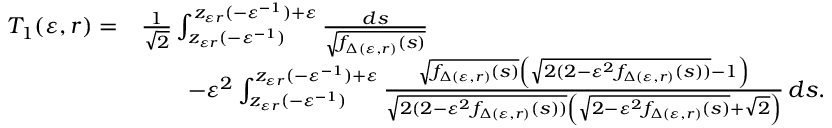
\begin{array} { r l } { T _ { 1 } ( \varepsilon , r ) = } & { \frac { 1 } { \sqrt 2 } \int _ { z _ { \varepsilon r } ( - \varepsilon ^ { - 1 } ) } ^ { z _ { \varepsilon r } ( - \varepsilon ^ { - 1 } ) + \varepsilon } \frac { d s } { \sqrt { f _ { \Delta ( \varepsilon , r ) } ( s ) } } } \\ & { \qquad - \varepsilon ^ { 2 } \int _ { z _ { \varepsilon r } ( - \varepsilon ^ { - 1 } ) } ^ { z _ { \varepsilon r } ( - \varepsilon ^ { - 1 } ) + \varepsilon } \frac { \sqrt { f _ { \Delta ( \varepsilon , r ) } ( s ) } \left( \sqrt { 2 ( 2 - \varepsilon ^ { 2 } f _ { \Delta ( \varepsilon , r ) } ( s ) ) } - 1 \right) } { \sqrt { 2 ( 2 - \varepsilon ^ { 2 } f _ { \Delta ( \varepsilon , r ) } ( s ) ) } \left( \sqrt { 2 - \varepsilon ^ { 2 } f _ { \Delta ( \varepsilon , r ) } ( s ) } + \sqrt 2 \right) } \, d s . } \end{array}